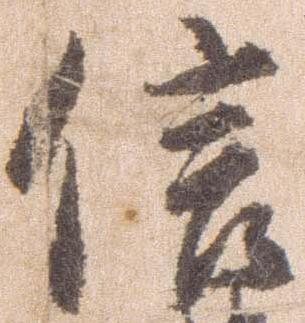
信